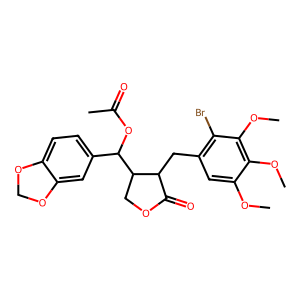
SMILES: COc1cc(CC2C(=O)OCC2C(OC(C)=O)c2ccc3c(c2)OCO3)c(Br)c(OC)c1OC
Inhibits HIV replication: No